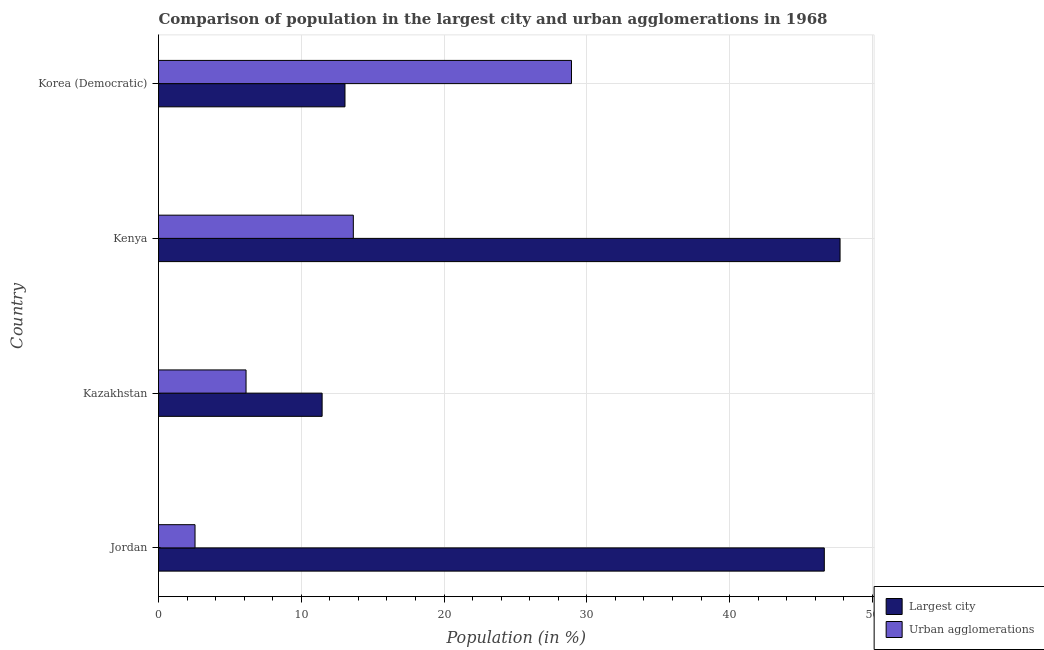
| Country | Largest city | Urban agglomerations |
 | --- | --- | --- |
 | Jordan | 46.6 | 2.56 |
 | Kazakhstan | 11.5 | 6.13 |
 | Kenya | 47.7 | 13.6 |
 | Korea (Democratic) | 13.1 | 28.9 |